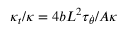
\kappa _ { t } / \kappa = 4 b L ^ { 2 } \tau _ { \dot { \theta } } / A \kappa